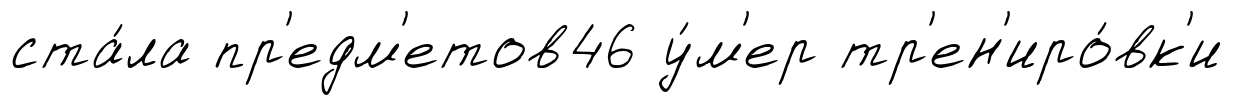
ста́ла пр'едм'етов46 у́м'ер тр'ен'иро́вк'и